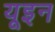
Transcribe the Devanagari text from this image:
यूइन